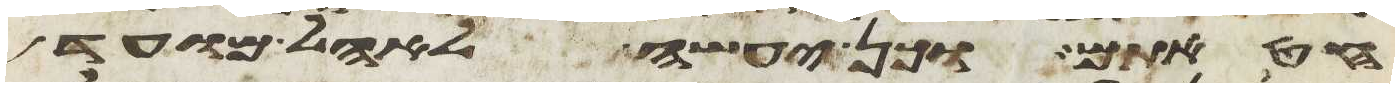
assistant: חטאתם וכן יעשה לאהל מועד